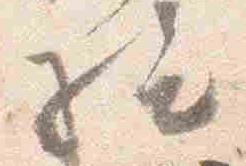
給